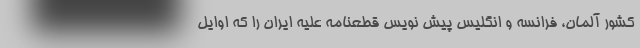
کشور آلمان، فرانسه و انگلیس پیش نویس قطعنامه علیه ایران را که اوایل